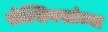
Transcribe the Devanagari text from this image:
सेल्सियसांच्या